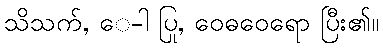
သိသက်, ေ-ါ ပြု, ဝေဓဝေရော ပြီး၏။